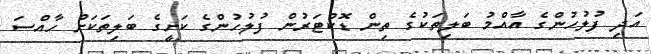
އަދި ފުލުހުންގެ އާއްމު ބަލިތަކުގެ ތިން ޑޮކްޓަރުން ފުލުހުންގެ ކަށީގެ ބަލިތަކަށް ހާއްސަ